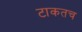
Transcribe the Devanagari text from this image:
टाकतच